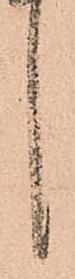
言